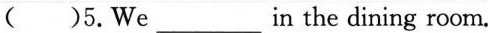
( )5.We___in the dining room.